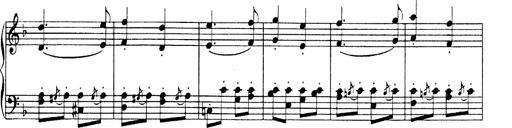
Title: Hungarian Rhapsody No.19
Composer: Franz Liszt
Key: D minor